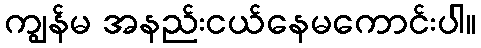
ကျွန်မ အနည်းငယ်နေမကောင်းပါ။